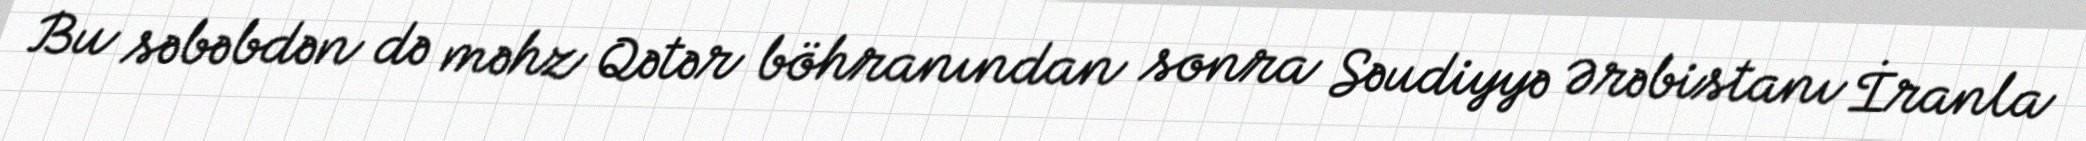
Bu səbəbdən də məhz Qətər böhranından sonra Səudiyyə Ərəbistanı İranla